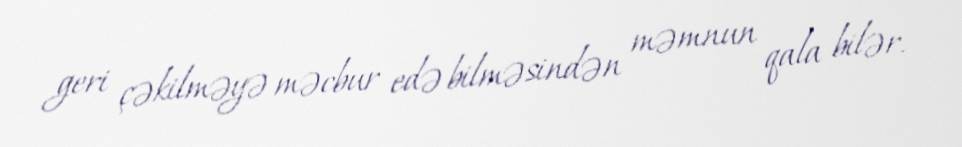
geri çəkilməyə məcbur edə bilməsindən məmnun qala bilər.